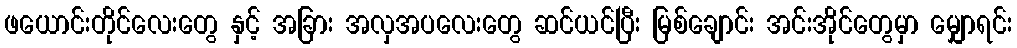
ဖယောင်းတိုင်လေးတွေ နှင့် အခြား အလှအပလေးတွေ ဆင်ယင်ပြီး မြစ်ချောင်း အင်းအိုင်တွေမှာ မျှောရင်း